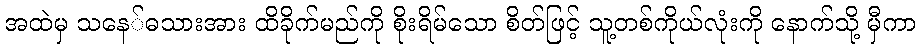
အထဲမှ သနေ်ဓသားအား ထိခိုက်မည်ကို စိုးရိမ်သော စိတ်ဖြင့် သူ့တစ်ကိုယ်လုံးကို နောက်သို့ မှီကာ